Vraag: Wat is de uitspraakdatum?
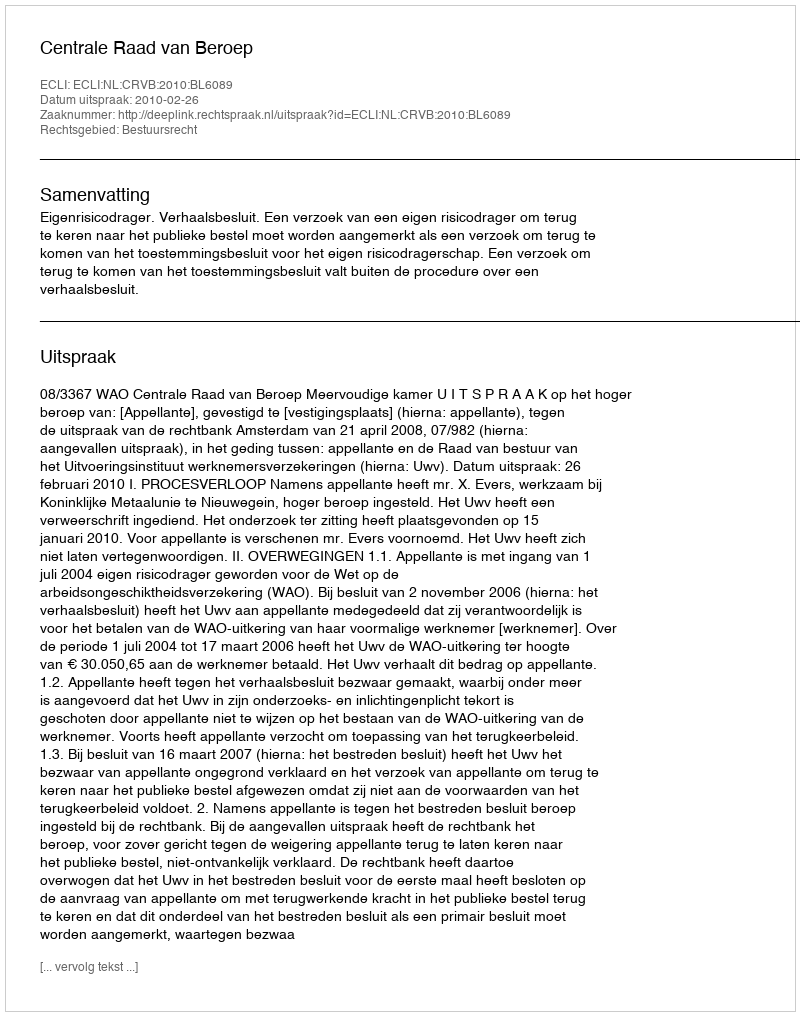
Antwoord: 2010-02-26